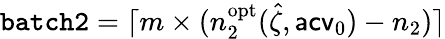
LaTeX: \mathtt{batch2}=\lceil m\times(n_{2}^{\mathrm{opt}}(\hat{\zeta},\mathsf{acv}_{0})-n_{2})\rceil